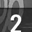
Digit: 2